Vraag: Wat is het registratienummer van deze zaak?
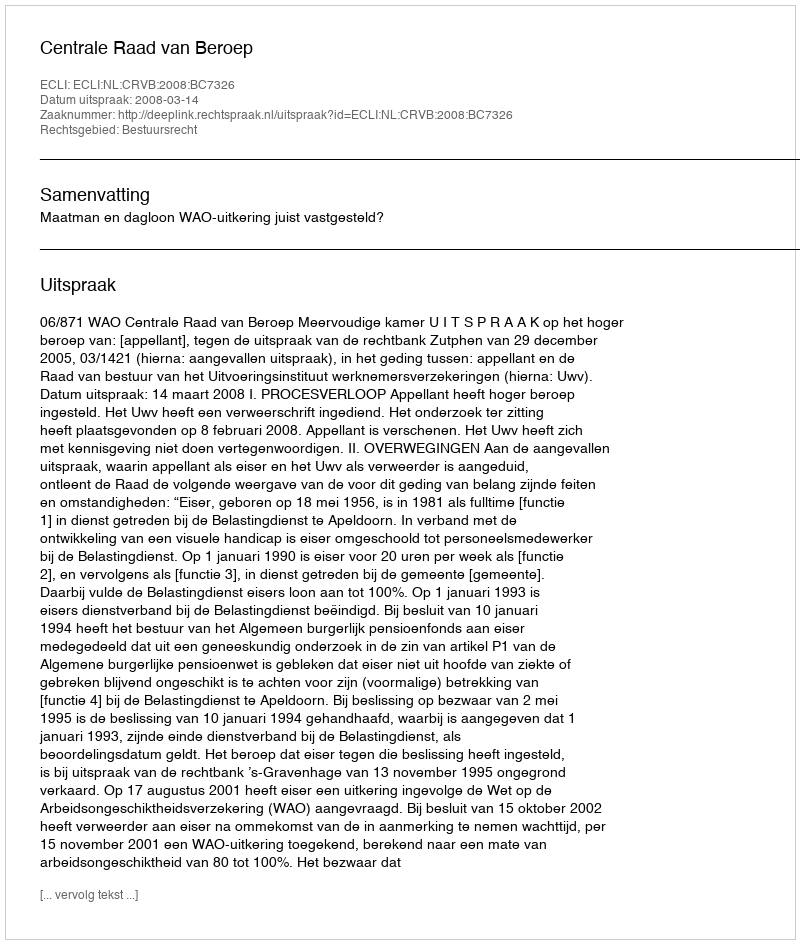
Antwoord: http://deeplink.rechtspraak.nl/uitspraak?id=ECLI:NL:CRVB:2008:BC7326